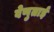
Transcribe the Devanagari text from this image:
वेणुताई